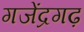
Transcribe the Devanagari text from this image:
गजेंद्रगढ़